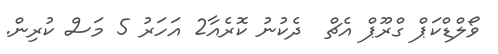
ވޯލްޑްކަޕް ގްރޫޕް އެޗް  ދެކުނު ކޮރެއާ2 އަހަރު 5 މަސް ކުރިން.